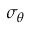
\sigma _ { { \boldsymbol { \theta } } }